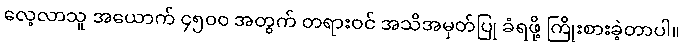
လေ့လာသူ အယောက် ၄၅၀၀ အတွက် တရားဝင် အသိအမှတ်ပြု ခံရဖို့ ကြိုးစားခဲ့တာပါ။